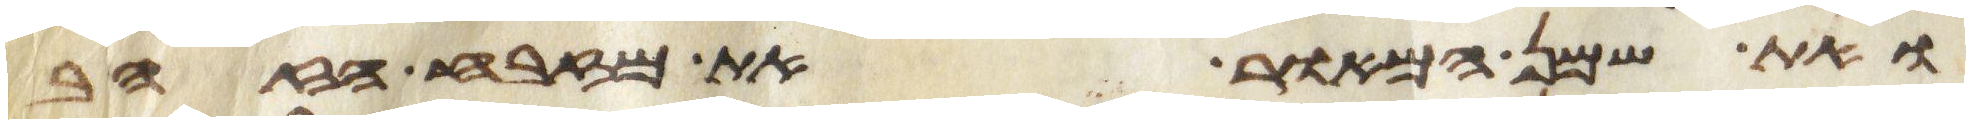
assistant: ואת שמן המאור את מזבח הזהב